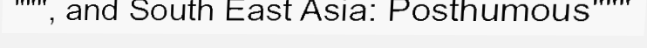
""", and South East Asia: Posthumous"""